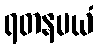
ရတနမယံ